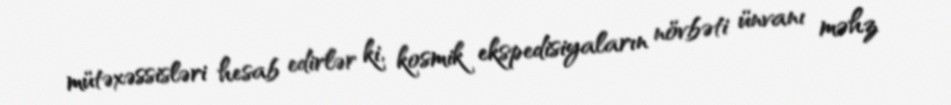
mütəxəssisləri hesab edirlər ki, kosmik ekspedisiyaların növbəti ünvanı məhz